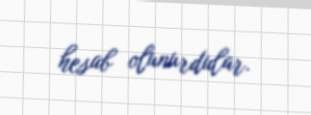
hesab olunurdular.